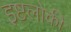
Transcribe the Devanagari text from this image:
इष्टलोकी